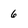
Character: 6